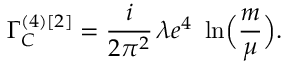
\Gamma _ { C } ^ { ( 4 ) [ 2 ] } = \frac { i } { 2 \pi ^ { 2 } } \, \lambda e ^ { 4 } \, \, \ln \Bigl ( \frac { m } { \mu } \Bigr ) .